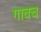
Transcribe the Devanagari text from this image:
गावच